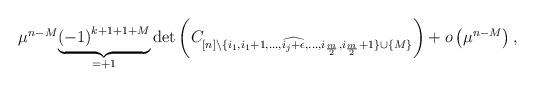
LaTeX: \begin{align*}\mu^{n-M}\underset{=+1}{\underbrace{\left(-1\right)^{k+1+1+M}}}\det\left(C_{[n]\setminus\{i_{1},i_{1}+1,\ldots,\widehat{i_{j}+\epsilon},\dots,i_{\frac{m}{2}},i_{\frac{m}{2}}+1\}\cup\left\{ M\right\} }\right)+o\left(\mu^{n-M}\right),\end{align*}